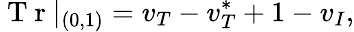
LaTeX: \mathrm{~T~r~}|_{(0,1)}=v_{T}-v_{T}^{*}+1-v_{I},